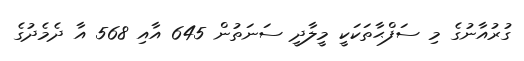
ގުރުއާނުގެ މި ސަފްޙާތަކަކީ މީލާދީ ސަނަތުން 645 އާއި 568 އާ ދެމެދުގެ